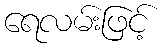
ရေလမ်းဖြင့်